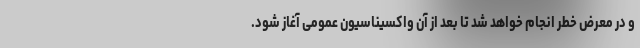
و در معرض خطر انجام خواهد شد تا بعد از آن واکسیناسیون عمومی آغاز شود.